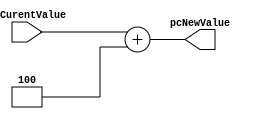
module PC_Adder #(
    parameter WIDTH = 32
) (
    output wire  [WIDTH-1:0] pcNewValue,
    input  wire  [WIDTH-1:0] pcCurentValue
);
 
assign pcNewValue = pcCurentValue + 4; 

endmodule